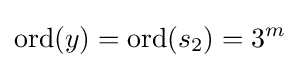
\mathrm {ord} (y)=\mathrm {ord} (s_{2})=3^{m}